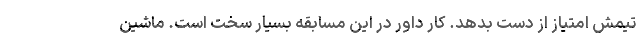
تیمش امتیاز از دست بدهد. کار داور در این مسابقه بسیار سخت است. ماشین